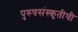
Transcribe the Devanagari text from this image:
पुरुषसंस्कृतीची